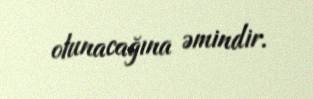
olunacağına əmindir.